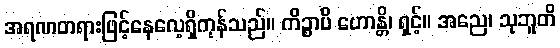
အရဏတရားဖြင့်နေလေ့ရှိကုန်သည်။ ကိဉ္စာပိ ဟောန္တိ၊ ရှင့်။ အညေ၊ သုဘူတိ